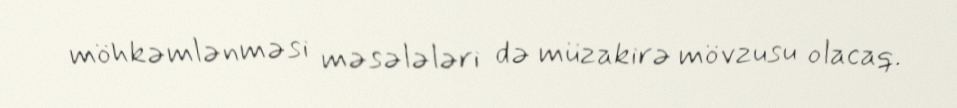
möhkəmlənməsi məsələləri də müzakirə mövzusu olacaq.